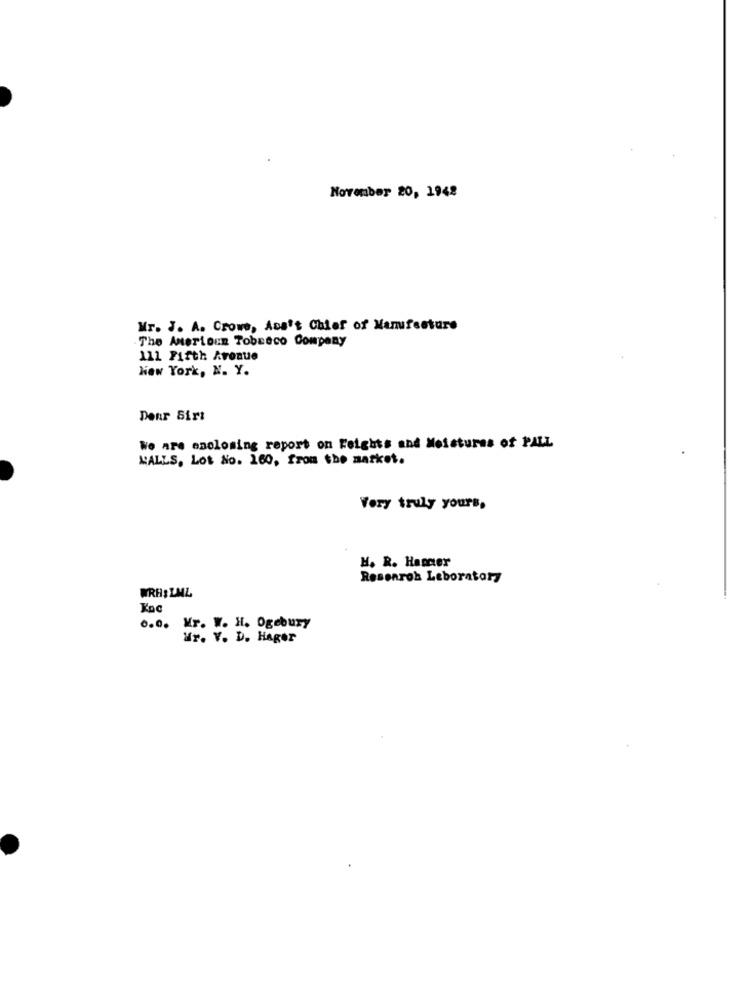
November 20, 1942
Mr. J. A. Crowe, Ana't Chief of Manufacture
.The Amerioun Tobeeco Company
111 Fifth Avenue
New York, N. Y.
Denr Sirt
We are enclosing report on Feights and Moistures of PALL
WALLS, Lot No. 160, from the market.
Very truly yours,
H. R. Hancer
Research Laboratory
WRH: LML
Koc
0.0.
Mr. W. H. Ogebury
Mr. V. D. Hager